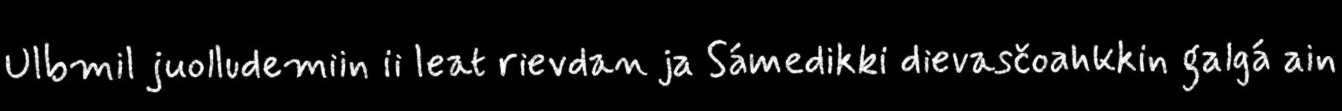
Ulbmil juolludemiin ii leat rievdan ja Sámedikki dievasčoahkkin galgá ain